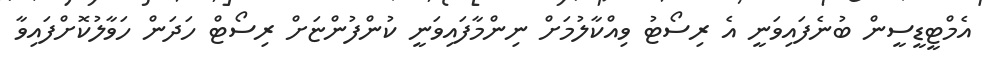
އެމްޓީޑީސީން ބުނެފައިވަނީ އެ ރިސޯޓު ވިއްކާލުމަށް ނިންމާފައިވަނީ ކުންފުންޏަށް ރިސޯޓް ހަދަން ހަވާލުކޮށްފައިވާ